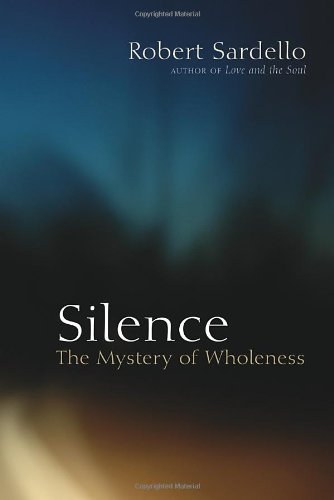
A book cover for Silence: The Mystery of Wholeness; Robert Sardello; Religion & Spirituality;